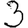
Digit: 3